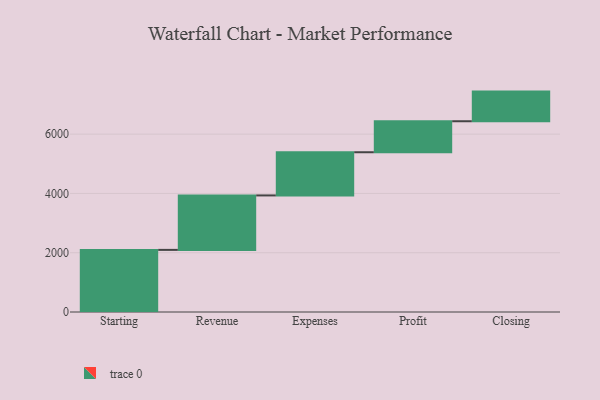
{"axis": {"x": "Step", "y": "Value"}, "legend": [""], "data": [{"x": "Starting", "y": 2096.0, "type": ""}, {"x": "Revenue", "y": 1837.0, "type": ""}, {"x": "Expenses", "y": 1457.0, "type": ""}, {"x": "Profit", "y": 1046.0, "type": ""}, {"x": "Closing", "y": 1000, "type": ""}]}